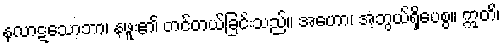
နလာဋသောဘာ၊ နဖူး၏ တင်တယ်ခြင်းသည်။ အဟော၊ အံ့ဘွယ်ရှိပေစွ။ ဣတိ၊